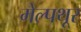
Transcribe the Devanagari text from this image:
मेल्पथूर